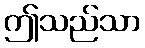
ဤသည်သာ